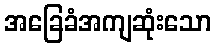
အခြေခံအကျဆုံးသော